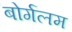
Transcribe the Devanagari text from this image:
बोर्गलम